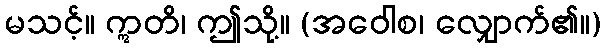
မသင့်။ ဣတိ၊ ဤသို့။ (အဝေါစ၊ လျှောက်၏။)